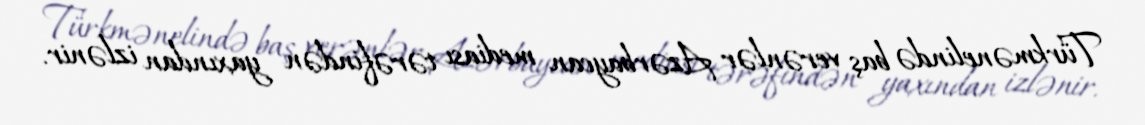
Türkmənelində baş verənlər Azərbaycan mediası tərəfindən yaxından izlənir.